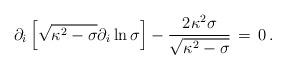
LaTeX: \begin{align*} \partial_i \left[ \sqrt{\kappa^2 - \sigma } \partial_i \ln{\sigma } \right] -{2 \kappa^2 \sigma \over \sqrt{\kappa^2 - \sigma} } \, = \, 0\, .\end{align*}